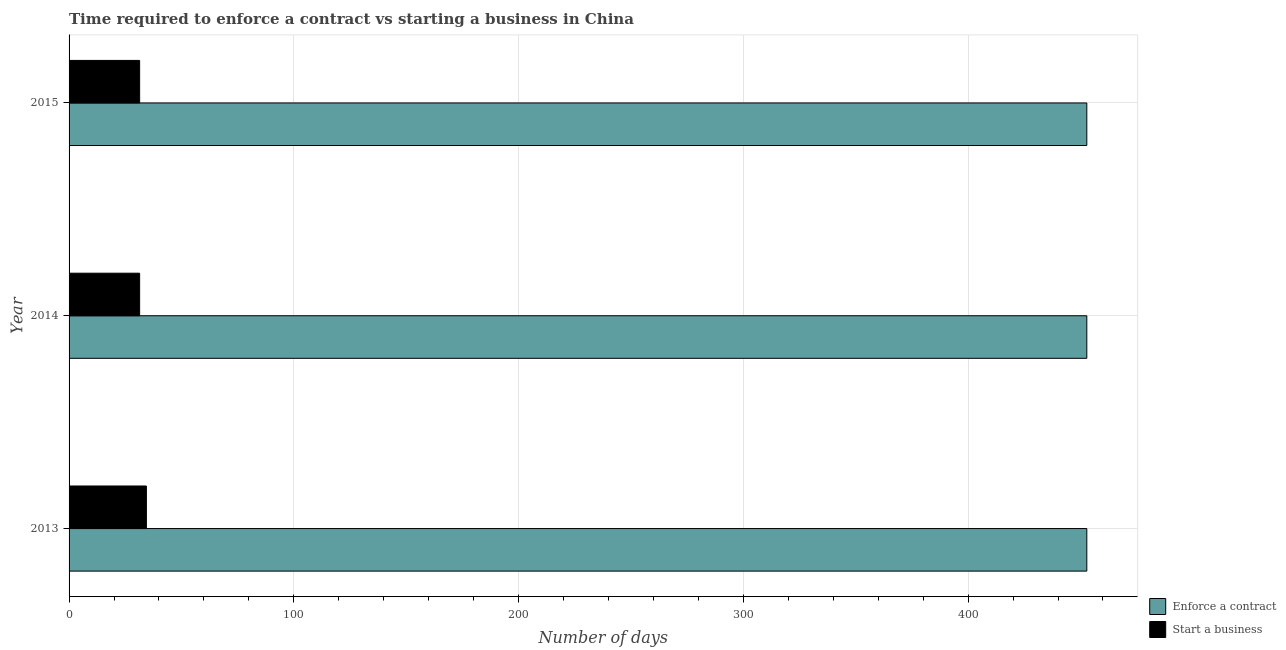
| Year | Enforce a contract | Start a business |
 | --- | --- | --- |
 | 2013 | 453 | 34.4 |
 | 2014 | 453 | 31.4 |
 | 2015 | 453 | 31.4 |